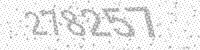
Solution: 278257